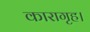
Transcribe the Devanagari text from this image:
कारागृह।